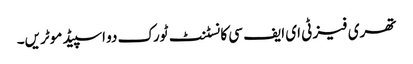
تھری فیز ٹی ای ایف سی کانسٹنٹ ٹورک دو اسپیڈ موٹریں۔